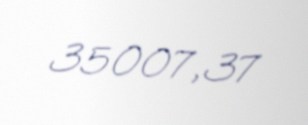
35007,37